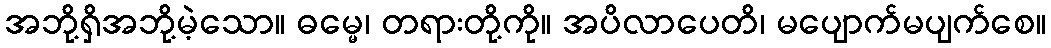
အဘို့ရှိအဘို့မဲ့သော။ ဓမ္မေ၊ တရားတို့ကို။ အပိလာပေတိ၊ မပျောက်မပျက်စေ။